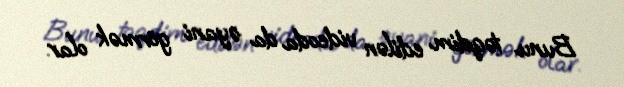
Bunu təqdim edilən videoda da əyani görmək olar.